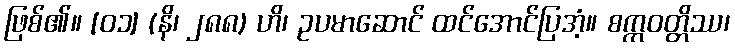
ဖြစ်၏။ [၀၁] (နိ၊ ၂၈၈) ဟိ၊ ဥပမာဆောင် ထင်အောင်ပြအံ့။ စက္ကဝတ္တိဿ၊